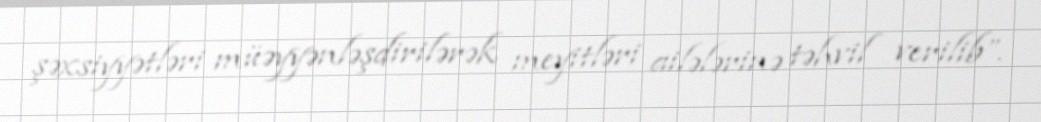
şəxsiyyətləri müəyyənləşdirilərək meyitləri ailələrinə təhvil verilib”.